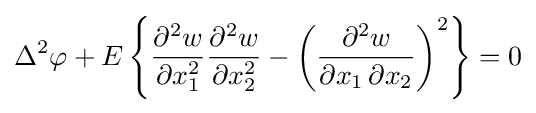
\Delta ^{2}\varphi +E\left\{{\frac {\partial ^{2}w}{\partial x_{1}^{2}}}{\frac {\partial ^{2}w}{\partial x_{2}^{2}}}-\left({\frac {\partial ^{2}w}{\partial x_{1}\,\partial x_{2}}}\right)^{2}\right\}=0